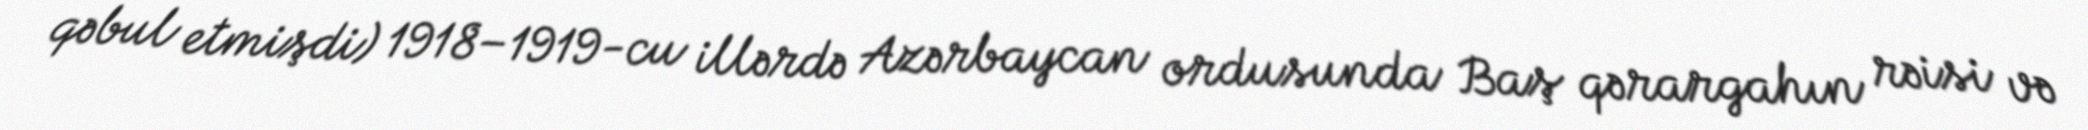
qəbul etmişdi) 1918–1919-cu illərdə Azərbaycan ordusunda Baş qərargahın rəisi və